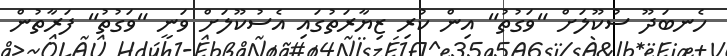
ހެނބަދޫ ސުކޫލަށް "ވަގުތު" އިން ކުރި ޒިޔާރަތުގައި އެސުކޫލަށް ވަނީ "ވަގުތު" ފަރާތުން